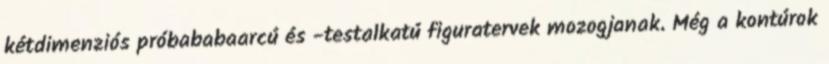
kétdimenziós próbababaarcú és -testalkatú figuratervek mozogjanak. Még a kontúrok